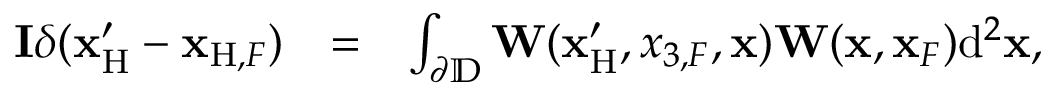
\begin{array} { r l r } { { \bf I } \delta ( { { \bf x } _ { \mathrm { H } } ^ { \prime } } - { { \bf x } _ { \mathrm { H } , F } } ) } & { = } & { \int _ { { { \partial \mathbb { D } } } } { \bf W } ( { \bf x } _ { \mathrm { H } } ^ { \prime } , x _ { 3 , F } , { \bf x } ) { \bf W } ( { \bf x } , { \bf x } _ { F } ) \mathrm { d } ^ { 2 } { \bf x } , } \end{array}